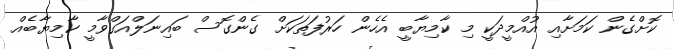
ކޮށްގެން ކަމަށާއި އުއްމީދަކީ މި ކާމިޔާބީ އެހެން ހަރުފަތަކަށް ގެންގޮސް ބައިނަލްއަގްވާމީ ކާމިޔާބެއް